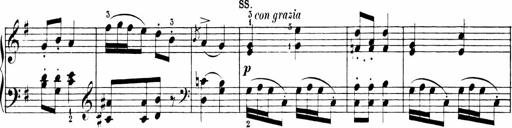
Title: 6 Sonatinas
Composer: Carl Reinecke